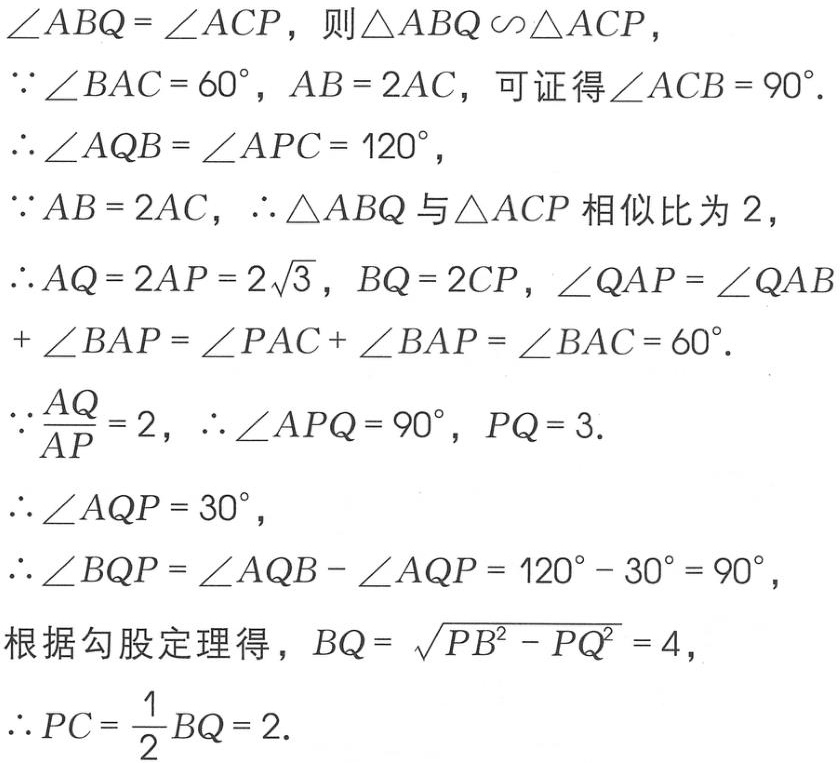
$\angle ABQ = \angle ACP，则\triangle ABQ\sim\triangle ACP，$
$\because\angle BAC = 60^{\circ}，AB = 2AC，可证得\angle ACB = 90^{\circ}.$
$\therefore\angle AQB = \angle APC = 120^{\circ}，$
$\because AB = 2AC，\therefore\triangle ABQ与\triangle ACP相似比为2，$
$\therefore AQ = 2AP = 2\sqrt{3}，BQ = 2CP，\angle QAP = \angle QAB$
$+ \angle BAP = \angle PAC + \angle BAP = \angle BAC = 60^{\circ}.$
$\because\frac{AQ}{AP} = 2，\therefore\angle APQ = 90^{\circ}，PQ = 3.$
$\therefore\angle AQP = 30^{\circ}，$
$\therefore\angle BQP = \angle AQB - \angle AQP = 120^{\circ} - 30^{\circ} = 90^{\circ}，$
$根据勾股定理得，BQ = \sqrt{PB^{2} - PQ^{2}} = 4，$
$\therefore PC = \frac{1}{2}BQ = 2.$